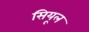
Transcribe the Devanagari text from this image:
सियूल